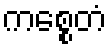
ကစ္စေတံ